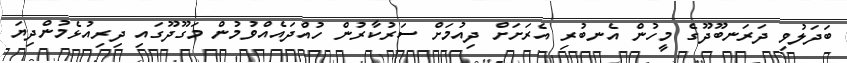
ބަދަލުވި ދަރަނބޫދޫގެ މީހުން އެނބުރި އެރަށަށް ދިއުމަށް ސަރުކާރުން ހުއްދައެއްވުމުން މަގޫދޫގައި ދިރިއުޅެމުންދިޔަ